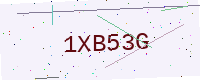
Text: 1XB53G